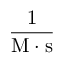
\mathrm { { \frac { 1 } { M \cdot s } } }